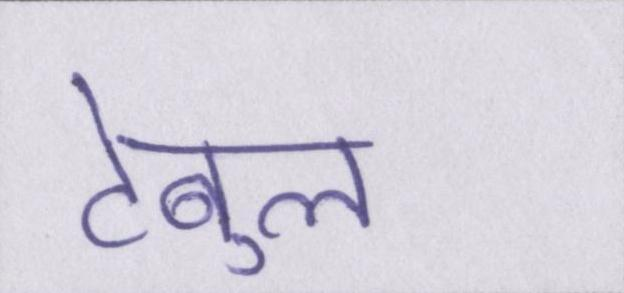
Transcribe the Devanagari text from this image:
टेबुल